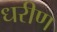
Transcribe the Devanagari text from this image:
धरीण